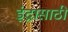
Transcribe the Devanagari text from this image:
इंद्रासाठी